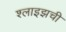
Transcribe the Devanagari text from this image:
श्लाइझची